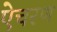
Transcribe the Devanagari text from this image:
ऐचरण